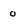
Character: 0